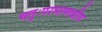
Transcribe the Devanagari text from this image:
चतुःपरमाणवीय